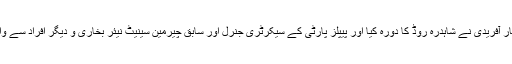
اسلام آباد میں وزیر مملکت داخلہ شہریار آفریدی نے شاہدرہ روڈ کا دورہ کیا اور پیپلز پارٹی کے سیکرٹری جنرل اور سابق چیرمین سینیٹ نیئر بخاری و دیگر افراد سے واگزار کرائی گئی اراضی کا معائنہ کیا۔